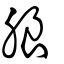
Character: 朖